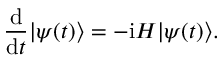
\frac { \mathrm { d } } { \mathrm { d } t } | \psi ( t ) \rangle = - \mathrm { i } H | \psi ( t ) \rangle .